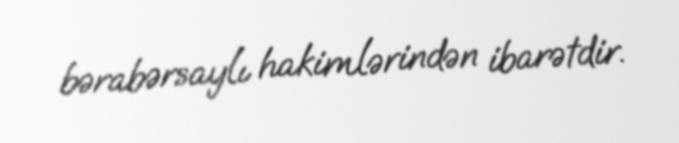
bərabərsaylı hakimlərindən ibarətdir.